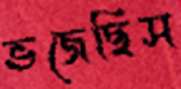
ভজেছিস